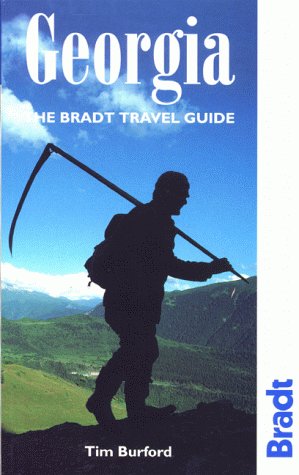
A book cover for Georgia; Tim Burford; Travel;